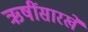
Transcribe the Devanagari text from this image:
ऋषींसारखे